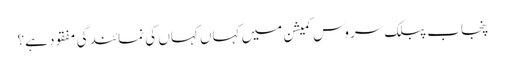
پنجاب پبلک سروس کمیشن میں کہاں کہاں کی نمائندگی مفقود ہے؟